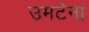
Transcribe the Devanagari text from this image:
उमटेना